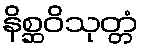
နိစ္ဆဝိသုတ္တံ